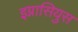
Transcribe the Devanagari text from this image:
इग्नासियुस